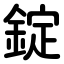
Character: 錠